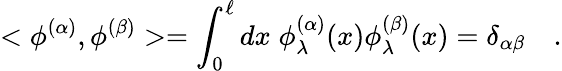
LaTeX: <\phi^{(\alpha)},\phi^{(\beta)}>=\int_{0}^{\ell}dx\; \phi_{\lambda}^{(\alpha)}(x)\phi_{\lambda}^{(\beta)}(x)=\delta_{\alpha\beta}\quad.